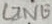
Text: LINE